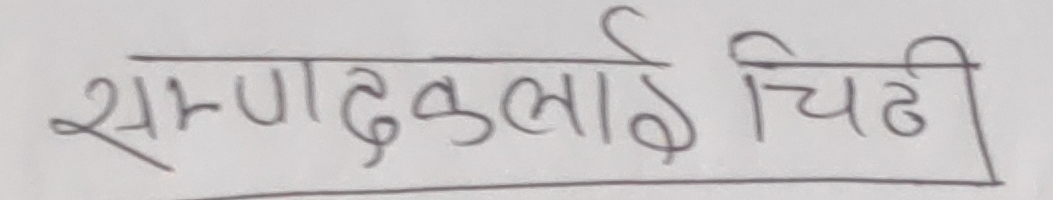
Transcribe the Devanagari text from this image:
सम्पादकलाई चिठी